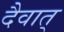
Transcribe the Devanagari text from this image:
दैवात्‌